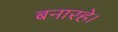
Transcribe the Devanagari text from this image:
बनारहे।